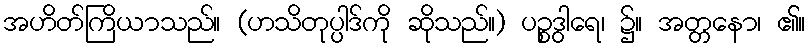
အဟိတ်ကြိယာသည်။ (ဟသိတုပ္ပါဒ်ကို ဆိုသည်။) ပဉ္စဒွါရေ၊ ၌။ အတ္တနော၊ ၏။